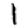
Digit: 1